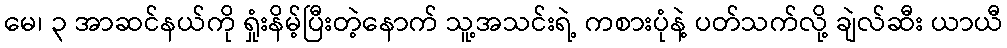
မေ၊ ၃ အာဆင်နယ်ကို ရှုံးနိမ့်ပြီးတဲ့နောက် သူ့အသင်းရဲ့ ကစားပုံနဲ့ ပတ်သက်လို့ ချဲလ်ဆီး ယာယီ